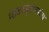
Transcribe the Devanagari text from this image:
शिळामुदणयंत्र